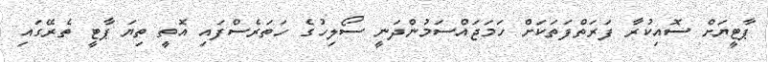
ޕާޓީޔަށް ސޮއިކުރާ ފަރަތްފަތަކަށް ހަމަޖައްސަމުންދަނީ ސޯލިހުގެ ހަތަރެސްފައި އޮތީ ތިޔަ ޕާޓީ ތެރޭގައި